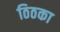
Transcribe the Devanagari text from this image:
ठिठका